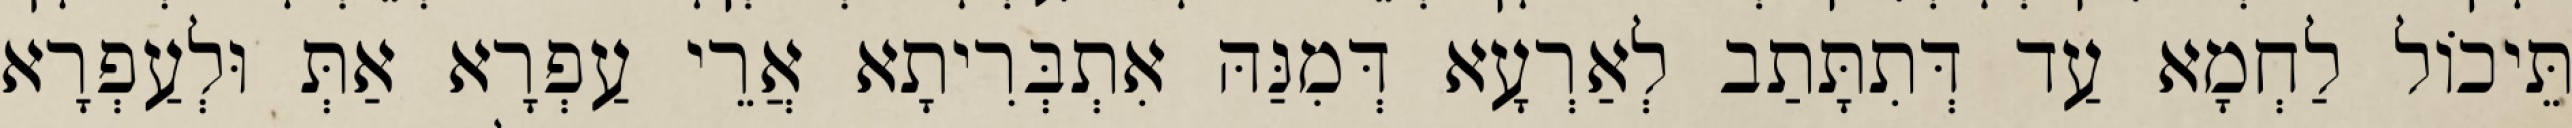
תֵּיכוֹל לַחְמָא עַד דְּתִתָּתַב לְאַרְעָא דְּמִנַּהּ אִתְבְּרִיתָא אֲרֵי עַפְרָא אַתְּ וּלְעַפְרָא